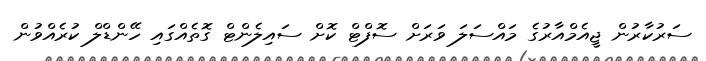
ސަރުކާރުން ޖީއެމްއާރުގެ މައްސަލަ ވަރަށް ސޮފްޓް ކޮށް ސައިލެންޓް ގޮތެއްގައި ހޭންޑްލް ކުރެއްވުން